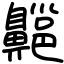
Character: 齆